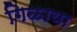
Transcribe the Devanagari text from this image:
गिळाया